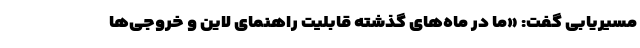
مسیریابی گفت: «ما در ماه‌های گذشته قابلیت راهنمای لاین و خروجی‌ها